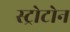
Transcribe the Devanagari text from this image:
स्ट्रोटोन